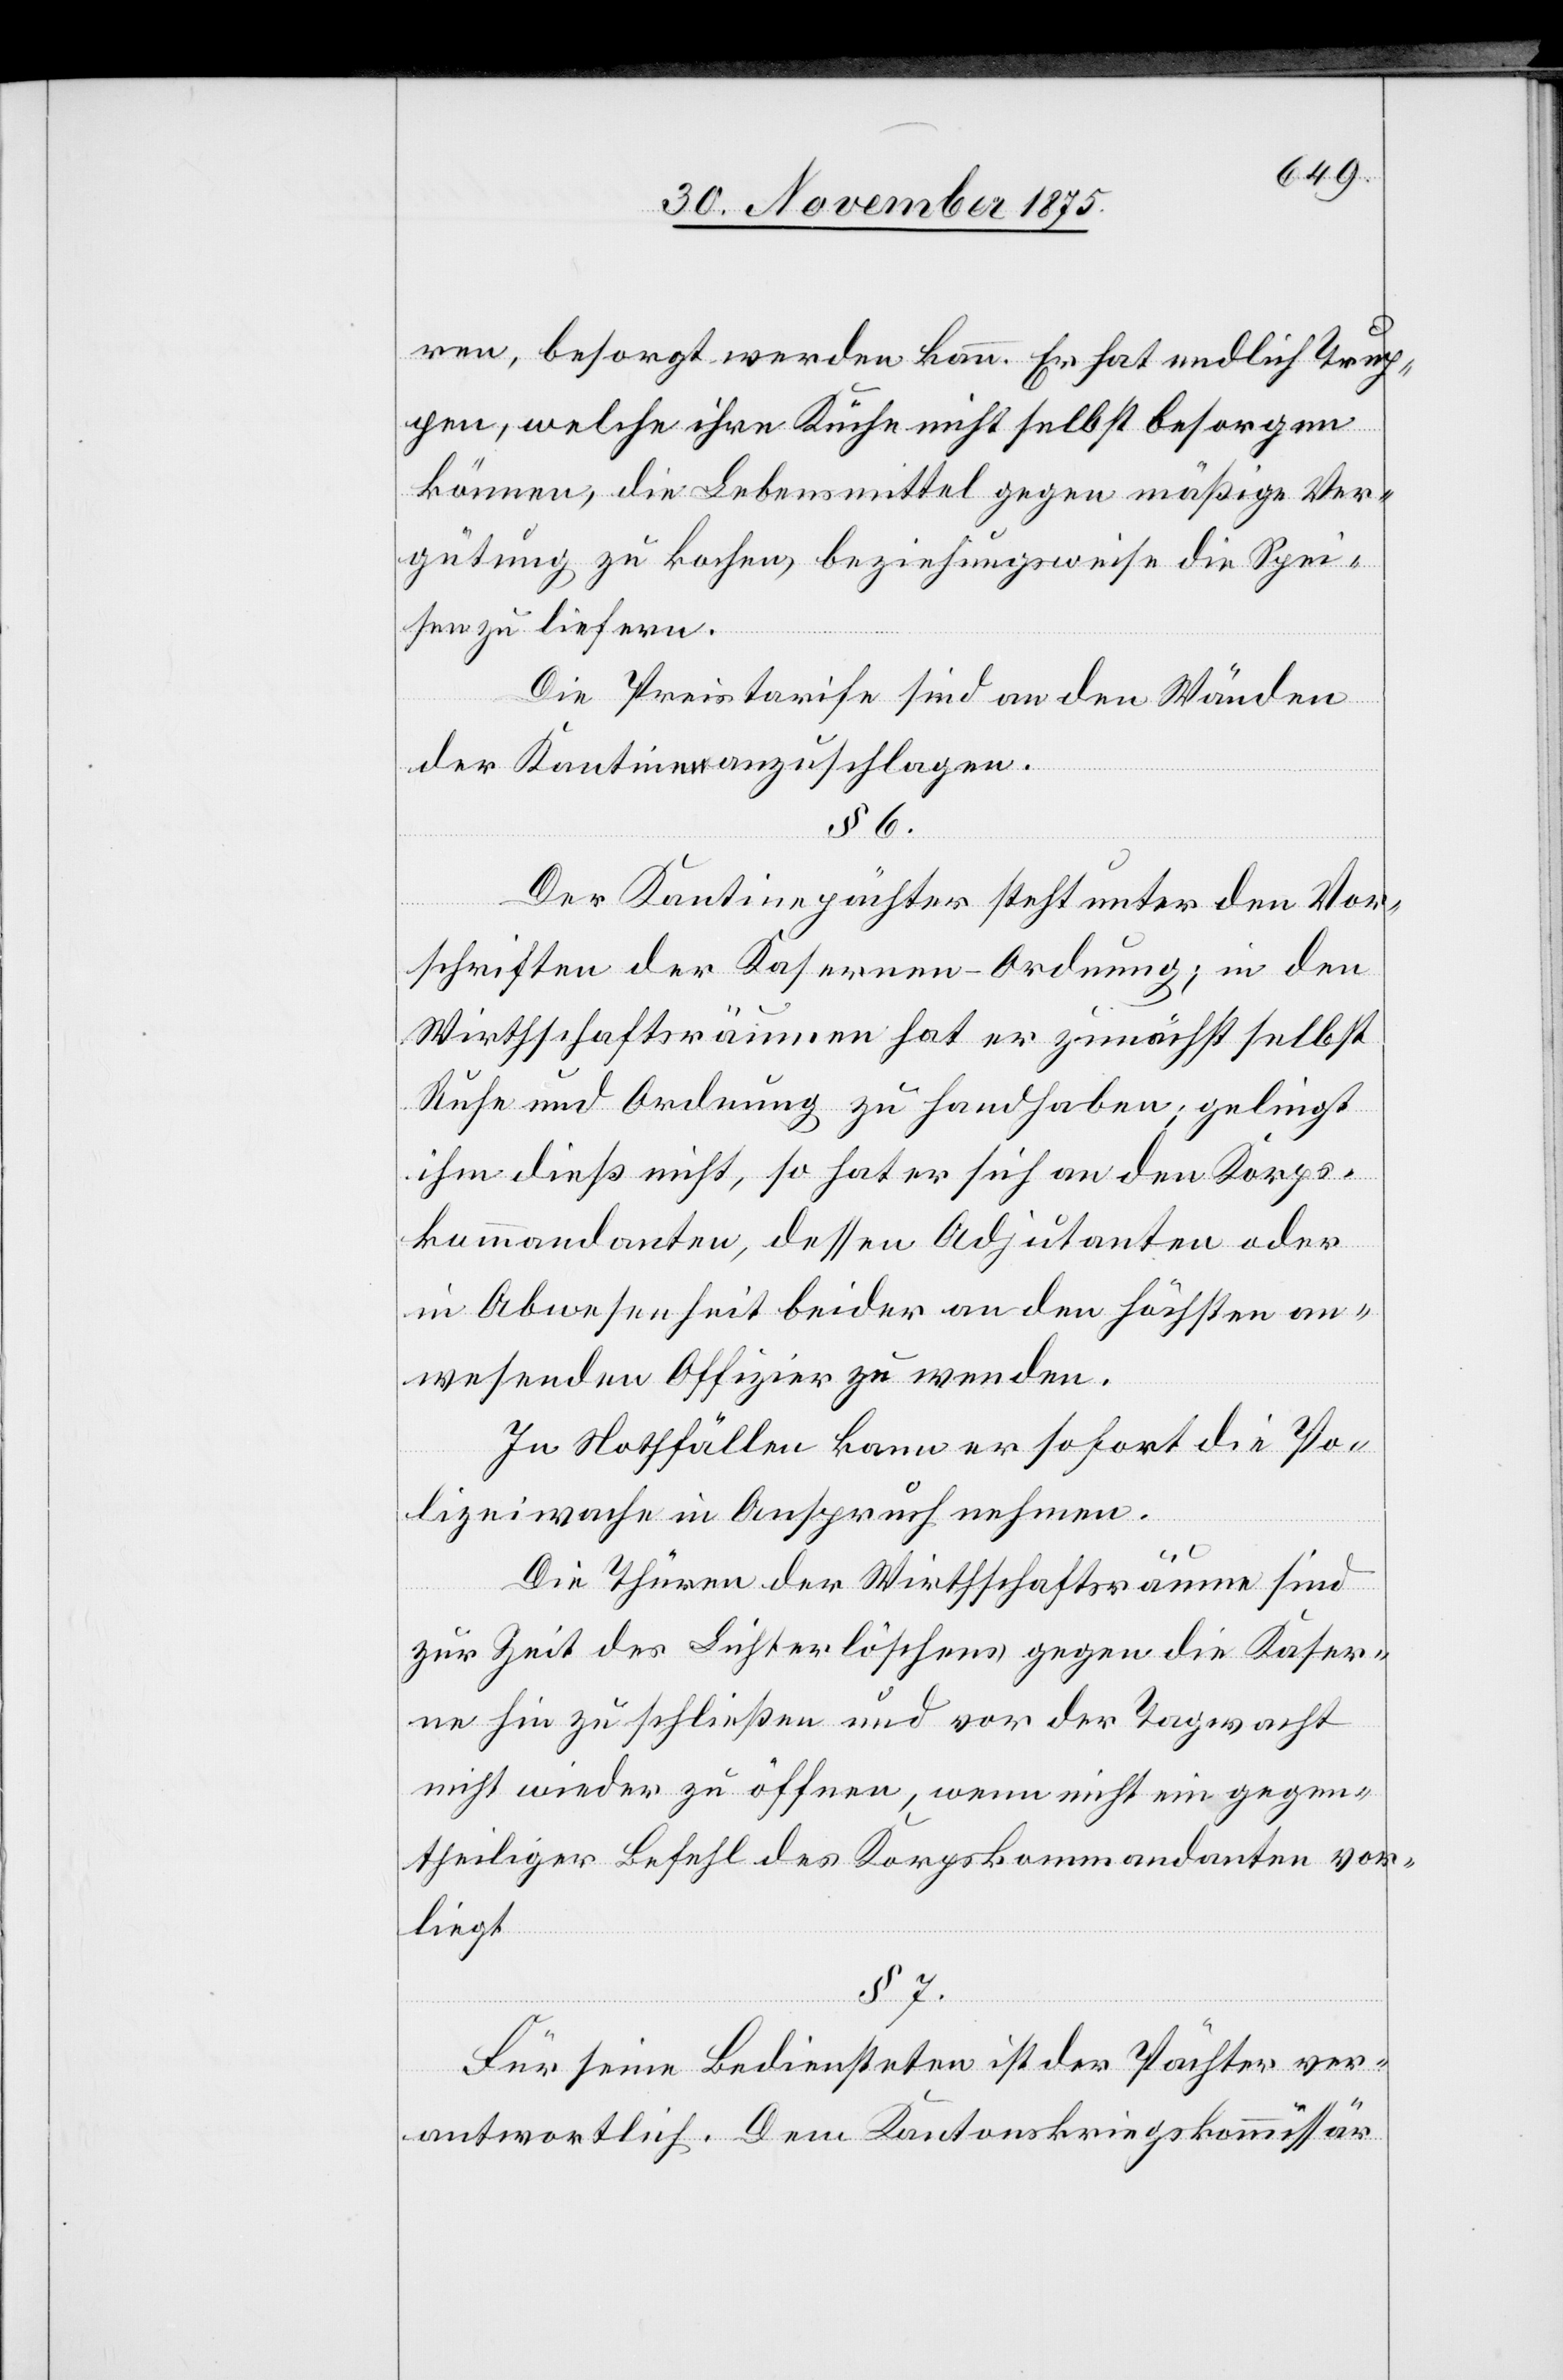
ren, besorgt werden kann. Er hat endlich Trup¬
pen, welche ihre Küche nicht selbst besorgen
können, die Lebensmittel gegen mäßige Ver¬
gütung zu kochen, beziehungsweise die Spei¬
sen zu liefern.
Die Preistarife sind an den Wänden
der Kantinen anzuschlagen.
§ 6.
Der Kantinepächter steht unter den Vor¬
schriften der Kasernen-Ordnung; in den
Wirthschaftsräumen hat er zunächst selbst
Ruhe und Ordnung zu handhaben; gelingt
ihm dieß nicht, so hat er sich an den Korps¬
kommandanten, dessen Adjutanten oder
in Abwesenheit beider an den höchsten an¬
wesenden Offizier zu wenden.
In Nothfällen kann er sofort die Po¬
lizeiwache in Anspruch nehmen.
Die Thüren der Wirthschaftsräume sind
zur Zeit des Lichterlöschens gegen die Kaser¬
ne hin zu schließen und vor der Tagwacht
nicht wieder zu öffnen, wenn nicht ein gegen¬
theiliger Befehl des Korpskommandanten vor¬
liegt.
§7.
Für seine Bediensteten ist der Pächter ver¬
antwortlich. Dem Kantonskriegskommissär